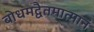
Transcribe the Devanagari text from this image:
बोधमद्वैतमात्मानं